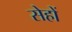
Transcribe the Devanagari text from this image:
सेहों